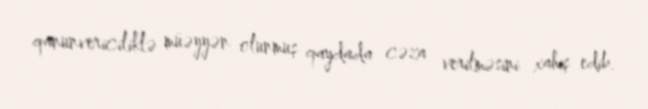
qanunvericiliklə müəyyən olunmuş qaydada cəza verilməsini xahiş edib.